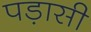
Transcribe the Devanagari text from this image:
पड़ासी